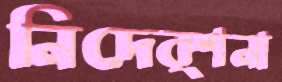
নিদের্শনা